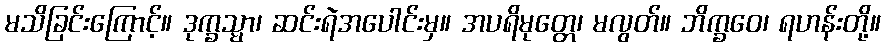
မသိခြင်းကြောင့်။ ဒုက္ခသ္မာ၊ ဆင်းရဲအပေါင်းမှ။ အပရိမုတ္တေ၊ မလွတ်။ ဘိက္ခဝေ၊ ရဟန်းတို့။